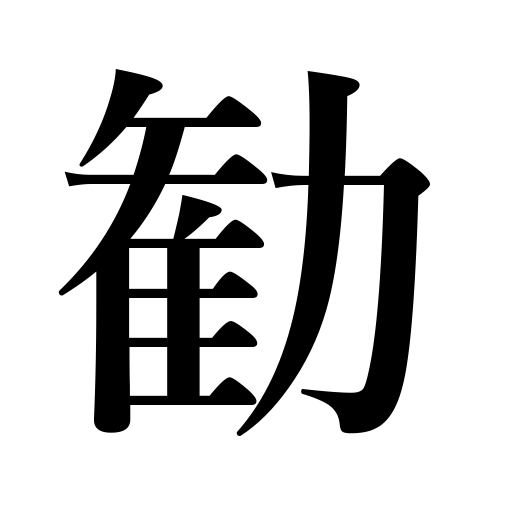
Meanings: encourage,offer wine,recommend,advise